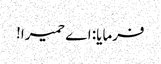
فرمایا: اے حمیرا!